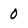
Character: 0